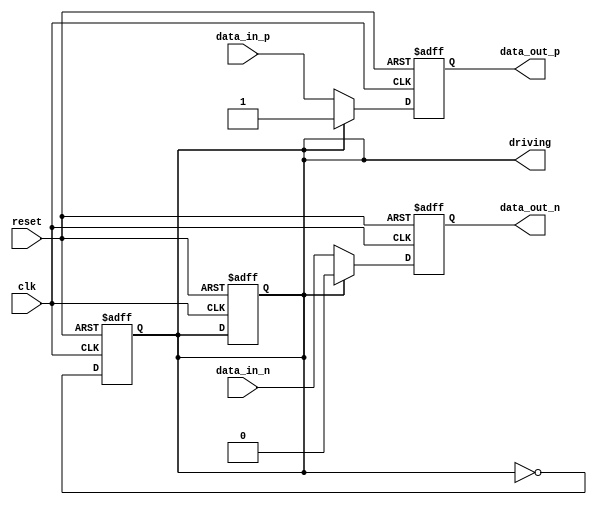
module io_buffer (
    input wire clk,
    input wire reset,
    input wire data_in_p,
    input wire data_in_n,
    output wire data_out_p,
    output wire data_out_n,
    output reg driving
);

parameter drive_value = 1'b1; //value to drive
parameter receive_value = 1'b0; //value to receive

always @(posedge clk or posedge reset) begin
    if (reset) begin
        driving <= 1'b0;
        data_out_p <= 1'b0;
        data_out_n <= 1'b0;
    end else begin
        if (driving) begin
            data_out_p <= drive_value;
            data_out_n <= ~drive_value;
        end else begin
            data_out_p <= data_in_p;
            data_out_n <= data_in_n;
        end
    end
end

always @(posedge clk or posedge reset) begin
    if (reset) begin
        driving <= 1'b0;
    end else begin
        //control logic to switch between driving and receiving modes
        //this logic can be customized based on specific application needs
        //for simplicity, a toggle is included here
        driving <= ~driving;
    end
end

endmodule